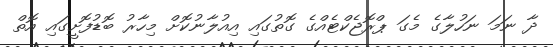
ދާ ނަމަ ނަހުލާގެ މެގަ ޕްރޮޖެކްޓެއްގެ ގޮތުގައި އިއުލާނުކޮށް މިހާރު ބޮޑުފޮށީގައި އޮތް